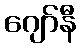
ဂျော်နီ